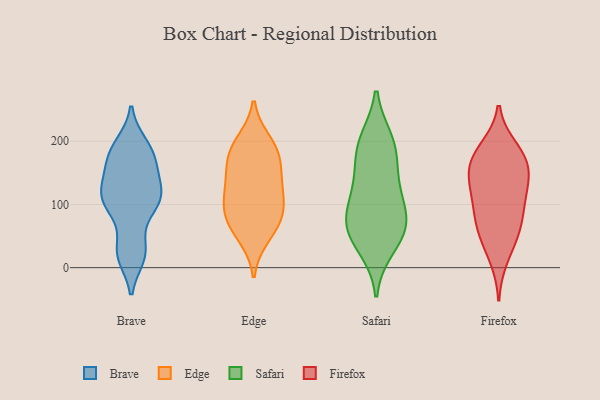
{"axis": {"x": "Operating Costs (USD K)", "y": "Value"}, "legend": ["Brave", "Edge", "Firefox", "Safari"], "data": [{"x": "", "y": 104, "type": "Brave"}, {"x": "", "y": 26, "type": "Brave"}, {"x": "", "y": 156, "type": "Brave"}, {"x": "", "y": 183, "type": "Brave"}, {"x": "", "y": 19, "type": "Brave"}, {"x": "", "y": 160, "type": "Brave"}, {"x": "", "y": 94, "type": "Brave"}, {"x": "", "y": 121, "type": "Brave"}, {"x": "", "y": 182, "type": "Brave"}, {"x": "", "y": 115, "type": "Brave"}, {"x": "", "y": 26, "type": "Brave"}, {"x": "", "y": 102, "type": "Brave"}, {"x": "", "y": 121, "type": "Brave"}, {"x": "", "y": 194, "type": "Brave"}, {"x": "", "y": 109, "type": "Edge"}, {"x": "", "y": 187, "type": "Edge"}, {"x": "", "y": 50, "type": "Edge"}, {"x": "", "y": 86, "type": "Edge"}, {"x": "", "y": 198, "type": "Edge"}, {"x": "", "y": 105, "type": "Edge"}, {"x": "", "y": 165, "type": "Edge"}, {"x": "", "y": 182, "type": "Edge"}, {"x": "", "y": 135, "type": "Edge"}, {"x": "", "y": 80, "type": "Edge"}, {"x": "", "y": 141, "type": "Edge"}, {"x": "", "y": 65, "type": "Edge"}, {"x": "", "y": 194, "type": "Safari"}, {"x": "", "y": 56, "type": "Safari"}, {"x": "", "y": 184, "type": "Safari"}, {"x": "", "y": 123, "type": "Safari"}, {"x": "", "y": 72, "type": "Safari"}, {"x": "", "y": 61, "type": "Safari"}, {"x": "", "y": 71, "type": "Safari"}, {"x": "", "y": 141, "type": "Safari"}, {"x": "", "y": 102, "type": "Safari"}, {"x": "", "y": 200, "type": "Safari"}, {"x": "", "y": 33, "type": "Safari"}, {"x": "", "y": 119, "type": "Firefox"}, {"x": "", "y": 48, "type": "Firefox"}, {"x": "", "y": 80, "type": "Firefox"}, {"x": "", "y": 71, "type": "Firefox"}, {"x": "", "y": 184, "type": "Firefox"}, {"x": "", "y": 118, "type": "Firefox"}, {"x": "", "y": 189, "type": "Firefox"}, {"x": "", "y": 167, "type": "Firefox"}, {"x": "", "y": 151, "type": "Firefox"}, {"x": "", "y": 53, "type": "Firefox"}, {"x": "", "y": 153, "type": "Firefox"}, {"x": "", "y": 172, "type": "Firefox"}, {"x": "", "y": 95, "type": "Firefox"}, {"x": "", "y": 15, "type": "Firefox"}, {"x": "", "y": 134, "type": "Firefox"}]}